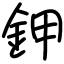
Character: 鉀